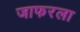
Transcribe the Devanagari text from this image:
जाफरला